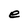
Character: e